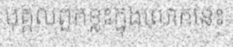
បុគ្គលពួកខ្លះក្នុងលោកនេះ